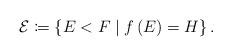
LaTeX: \begin{align*}\mathcal{E}\coloneqq\left\{ E<F\;\middle|\;f\left(E\right)=H\right\} .\end{align*}